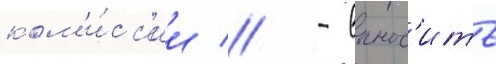
ком'и́сс'ии // - вынос'ить